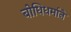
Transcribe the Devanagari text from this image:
बोधिधर्माने